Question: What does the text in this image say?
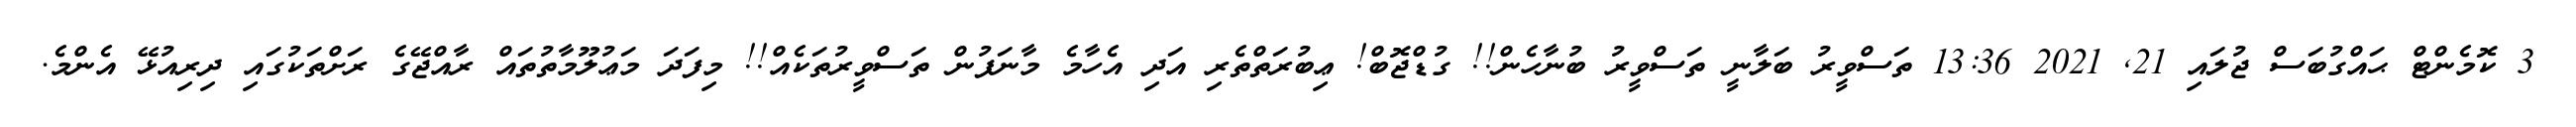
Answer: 3 ކޮމެންޓް ޙައްގުބަސް ޖުލައި 21, 2021 13:36 ތަސްވީރު ބަލާނީ ތަސްވީރު ބުނާހެން!! ގުޑްޖޮބް! ޢިބުރަތްތެރި އަދި އެހާމެ މާނަފުން ތަސްވީރުތަކެއް!! މިފަދަ މަޢުލޫމާތުތައް ރާއްޖޭގެ ރަށްތަކުގައި ދިރިއުޅޭ އެންމެ.